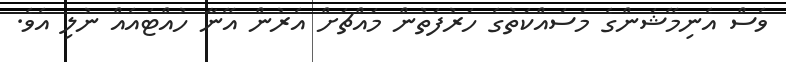
ވެސް އެނިމޭޝަންގެ މަސައްކަތުގެ ހަރުފަތުން މައްޗަށް އެރުން އޭނާ ހުއްޓައެއް ނުލި އެވެ.